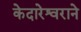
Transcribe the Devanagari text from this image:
केदारेश्वराने